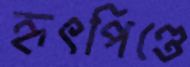
হৃৎপিণ্ডে